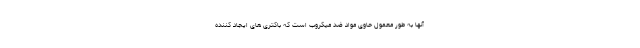
آنها به طور معمول حاوی مواد ضد میکروب است که باکتری های ایجاد کننده